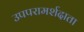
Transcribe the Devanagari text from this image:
उपपरामर्शदाता